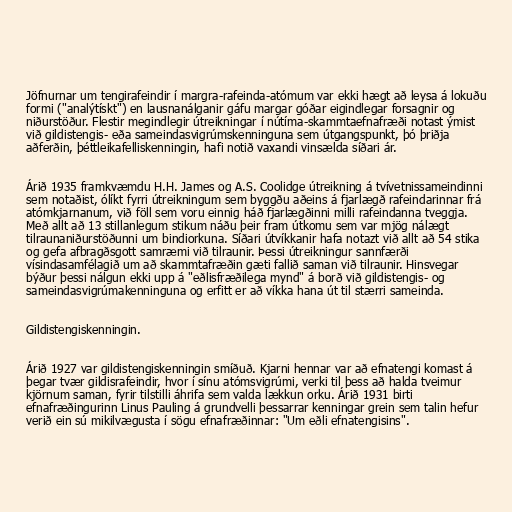
Jöfnurnar um tengirafeindir í margra-rafeinda-atómum var ekki hægt að leysa á lokuðu
formi ("analýtískt") en lausnanálganir gáfu margar góðar eigindlegar forsagnir og
niðurstöður. Flestir megindlegir útreikningar í nútíma-skammtaefnafræði notast ýmist
við gildistengis- eða sameindasvigrúmskenninguna sem útgangspunkt, þó þriðja
aðferðin, þéttleikafelliskenningin, hafi notið vaxandi vinsælda síðari ár.

Árið 1935 framkvæmdu H.H. James og A.S. Coolidge útreikning á tvívetnissameindinni
sem notaðist, ólíkt fyrri útreikningum sem byggðu aðeins á fjarlægð rafeindarinnar frá
atómkjarnanum, við föll sem voru einnig háð fjarlægðinni milli rafeindanna tveggja.
Með allt að 13 stillanlegum stikum náðu þeir fram útkomu sem var mjög nálægt
tilraunaniðurstöðunni um bindiorkuna. Síðari útvíkkanir hafa notazt við allt að 54 stika
og gefa afbragðsgott samræmi við tilraunir. Þessi útreikningur sannfærði
vísindasamfélagið um að skammtafræðin gæti fallið saman við tilraunir. Hinsvegar
býður þessi nálgun ekki upp á "eðlisfræðilega mynd" á borð við gildistengis- og
sameindasvigrúmakenninguna og erfitt er að víkka hana út til stærri sameinda.

Gildistengiskenningin.

Árið 1927 var gildistengiskenningin smíðuð. Kjarni hennar var að efnatengi komast á
þegar tvær gildisrafeindir, hvor í sínu atómsvigrúmi, verki til þess að halda tveimur
kjörnum saman, fyrir tilstilli áhrifa sem valda lækkun orku. Árið 1931 birti
efnafræðingurinn Linus Pauling á grundvelli þessarrar kenningar grein sem talin hefur
verið ein sú mikilvægusta í sögu efnafræðinnar: "Um eðli efnatengisins".